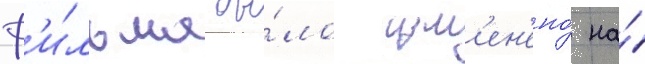
ф'и́льма бы́ло изм'ен'ено́ на́